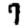
Digit: 7